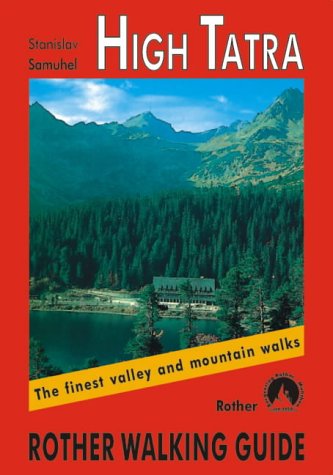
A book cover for High Tatra: The Finest Valley and Mountain Walks (Rother Walking Guides - Europe); Stanislav Samuhel; Travel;